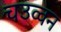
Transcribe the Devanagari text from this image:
चउव्वन